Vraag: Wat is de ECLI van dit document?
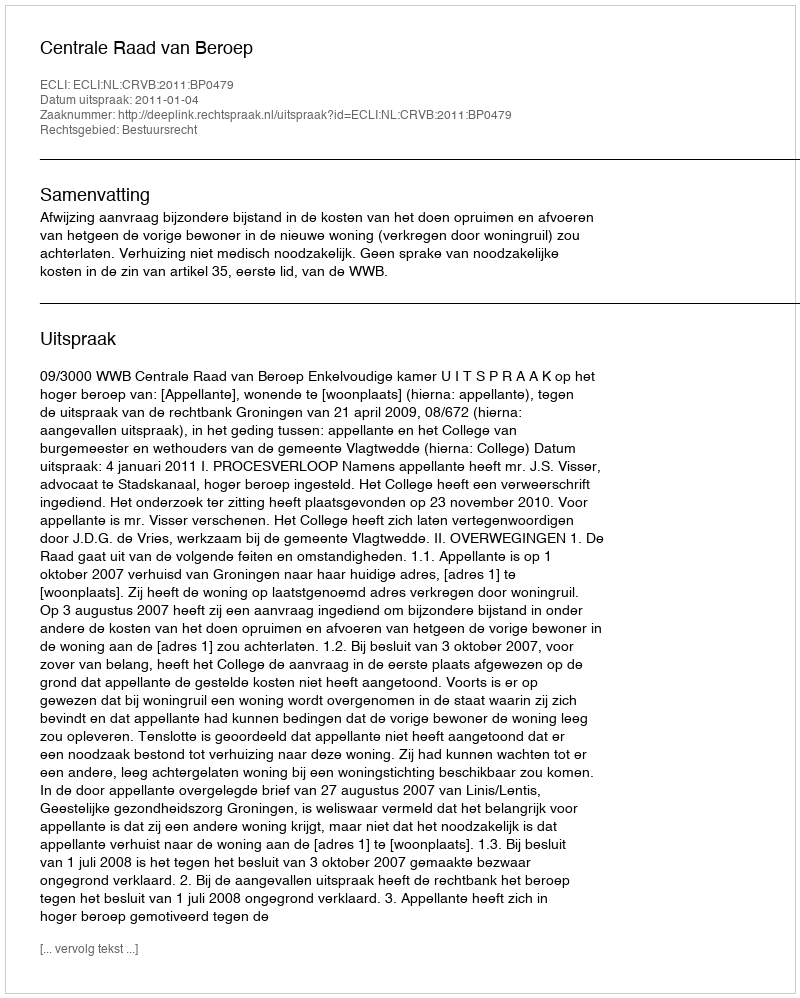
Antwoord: ECLI:NL:CRVB:2011:BP0479